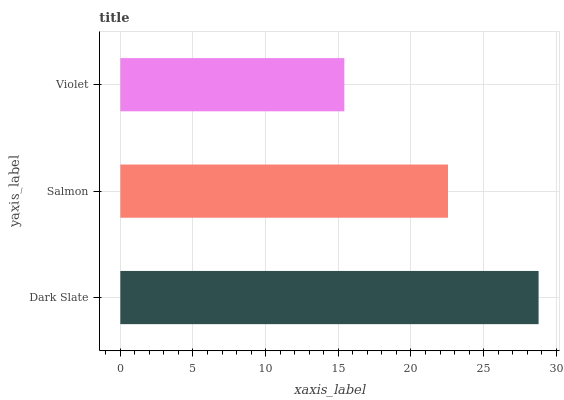
| yaxis_label | bars |
 | --- | --- |
 | Dark Slate | 28.8 |
 | Salmon | 22.5 |
 | Violet | 15.4 |